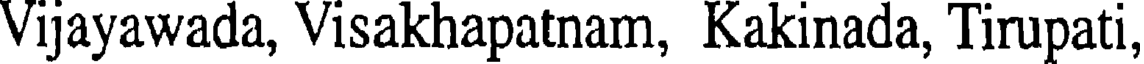
Vijayawada, Visakhapatnam, Kakinada, Tirupati,